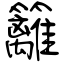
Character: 籬